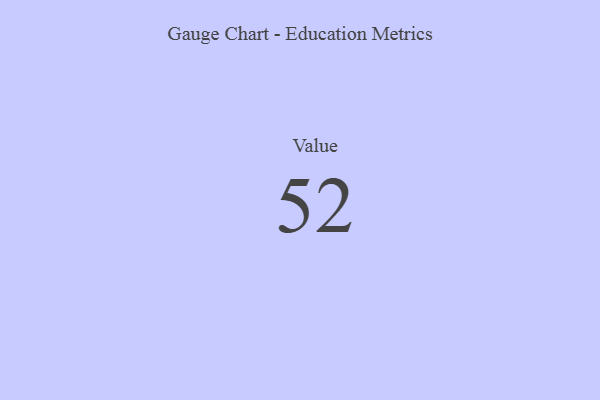
{"axis": {"x": "Metric", "y": "Value"}, "legend": [""], "data": [{"x": "Value", "y": 52, "type": ""}]}